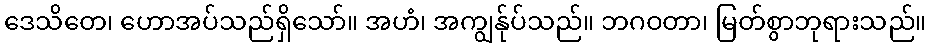
ဒေသိတေ၊ ဟောအပ်သည်ရှိသော်။ အဟံ၊ အကျွန်ုပ်သည်။ ဘဂဝတာ၊ မြတ်စွာဘုရားသည်။